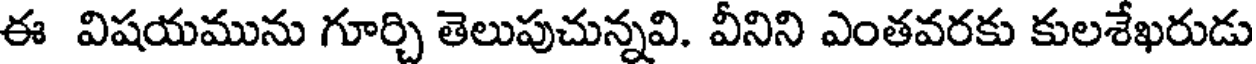
ఈ విషయమును గూర్చి తెలుపుచున్నవి. వీనిని ఎంతవరకు కులశేఖరుడు